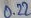
Text: 0.22